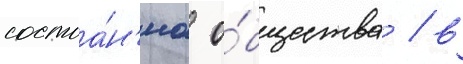
состоа́н'иа о́бщества / в